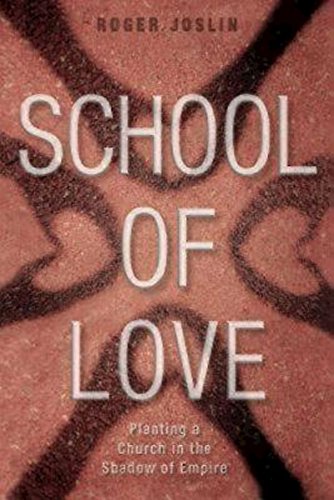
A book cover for School of Love: Planting a Church in the Shadow of Empire; Roger Joslin; Christian Books & Bibles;